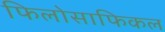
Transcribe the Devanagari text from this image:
फिलोसाफिकल